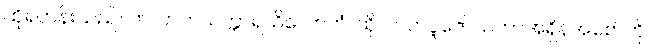
ထိုရဟန်းသည်။ တလာဘသက္ကာရသိလောကံ၊ ထိုလာဘ်ပူဇော်သကာအရှိန်အစော်ကို။